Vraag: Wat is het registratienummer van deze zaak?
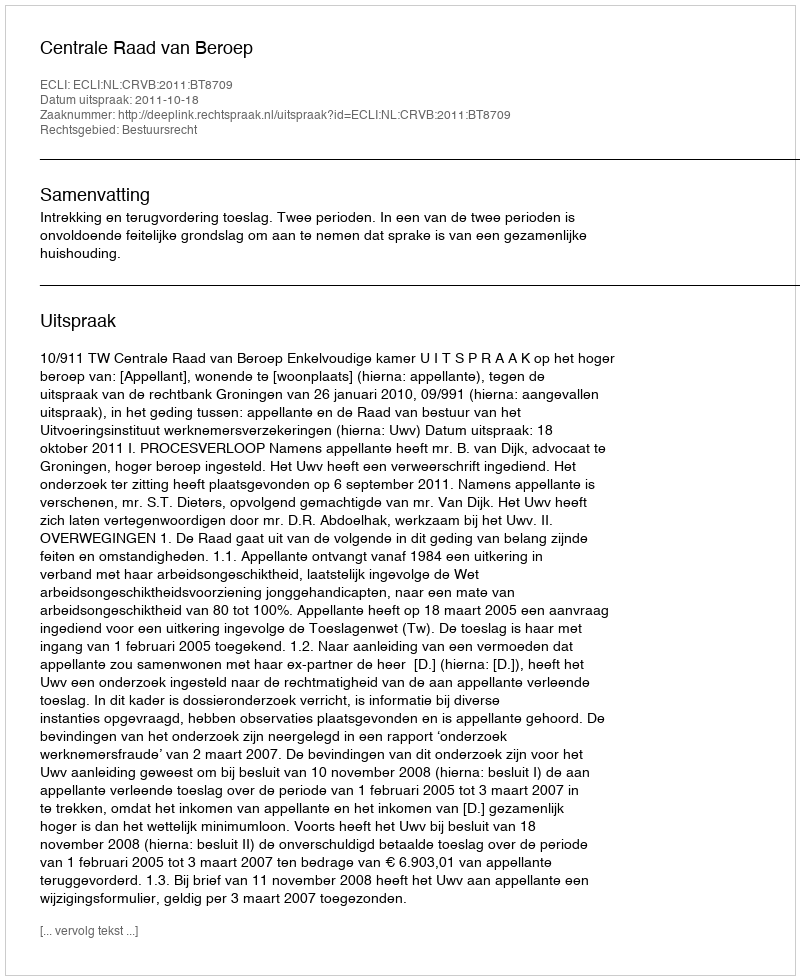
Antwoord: http://deeplink.rechtspraak.nl/uitspraak?id=ECLI:NL:CRVB:2011:BT8709